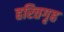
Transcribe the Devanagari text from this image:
हरितगृह